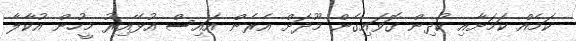
ކަމެއް ކަމަށާއި ކުދިން ގޮވައިގެން މޫދަށް އެރެން އައިސް އުޅޭއިރު މީހުން އުކާލާ